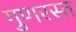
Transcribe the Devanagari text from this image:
गुणरस्त